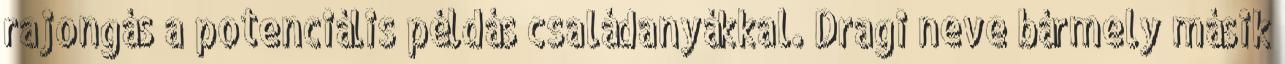
rajongás a potenciális példás családanyákkal. Dragi neve bármely másik